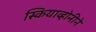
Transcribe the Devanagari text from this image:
स्कियाव्होनीने